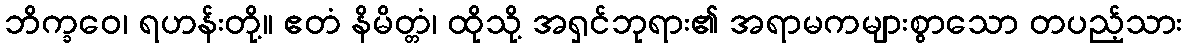
ဘိက္ခဝေ၊ ရဟန်းတို့။ ဧတံ နိမိတ္တံ၊ ထိုသို့ အရှင်ဘုရား၏ အရာမကများစွာသော တပည့်သား